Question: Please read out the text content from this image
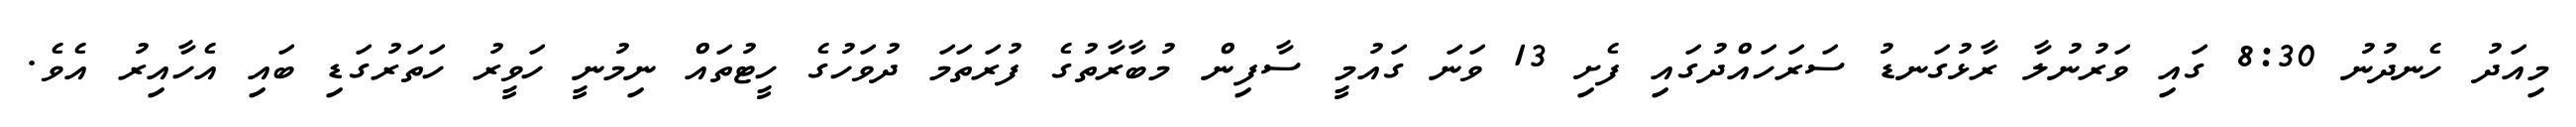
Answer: މިއަދު ހެނދުނު 8:30 ގައި ވަރުނުލާ ރާޅުގަނޑު ސަރަހައްދުގައި ފެށި 13 ވަނަ ގައުމީ ސާފިން މުބާރާތުގެ ފުރަތަމަ ދުވަހުގެ ހީޓުތައް ނިމުނީ ހަވީރު ހަތަރުގަޑި ބައި އެހާއިރު އެވެ.